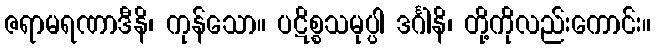
ဇရာမရဏာဒီနိ၊ ကုန်သော။ ပဋိစ္စသမုပ္ပါ ဒင်္ဂါနိ၊ တို့ကိုလည်းကောင်း။